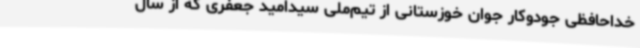
خداحافظی جودوکار جوان خوزستانی از تیم‌ملی سیدامید جعفری که از سال